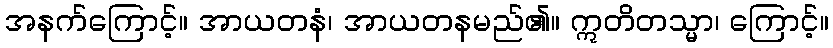
အနက်ကြောင့်။ အာယတနံ၊ အာယတနမည်၏။ ဣတိတသ္မာ၊ ကြောင့်။